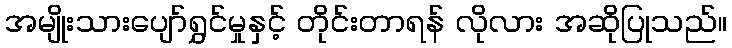
အမျိုးသားပျော်ရွှင်မှုနှင့် တိုင်းတာရန် လိုလား အဆိုပြုသည်။